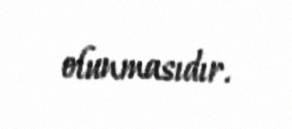
olunmasıdır.